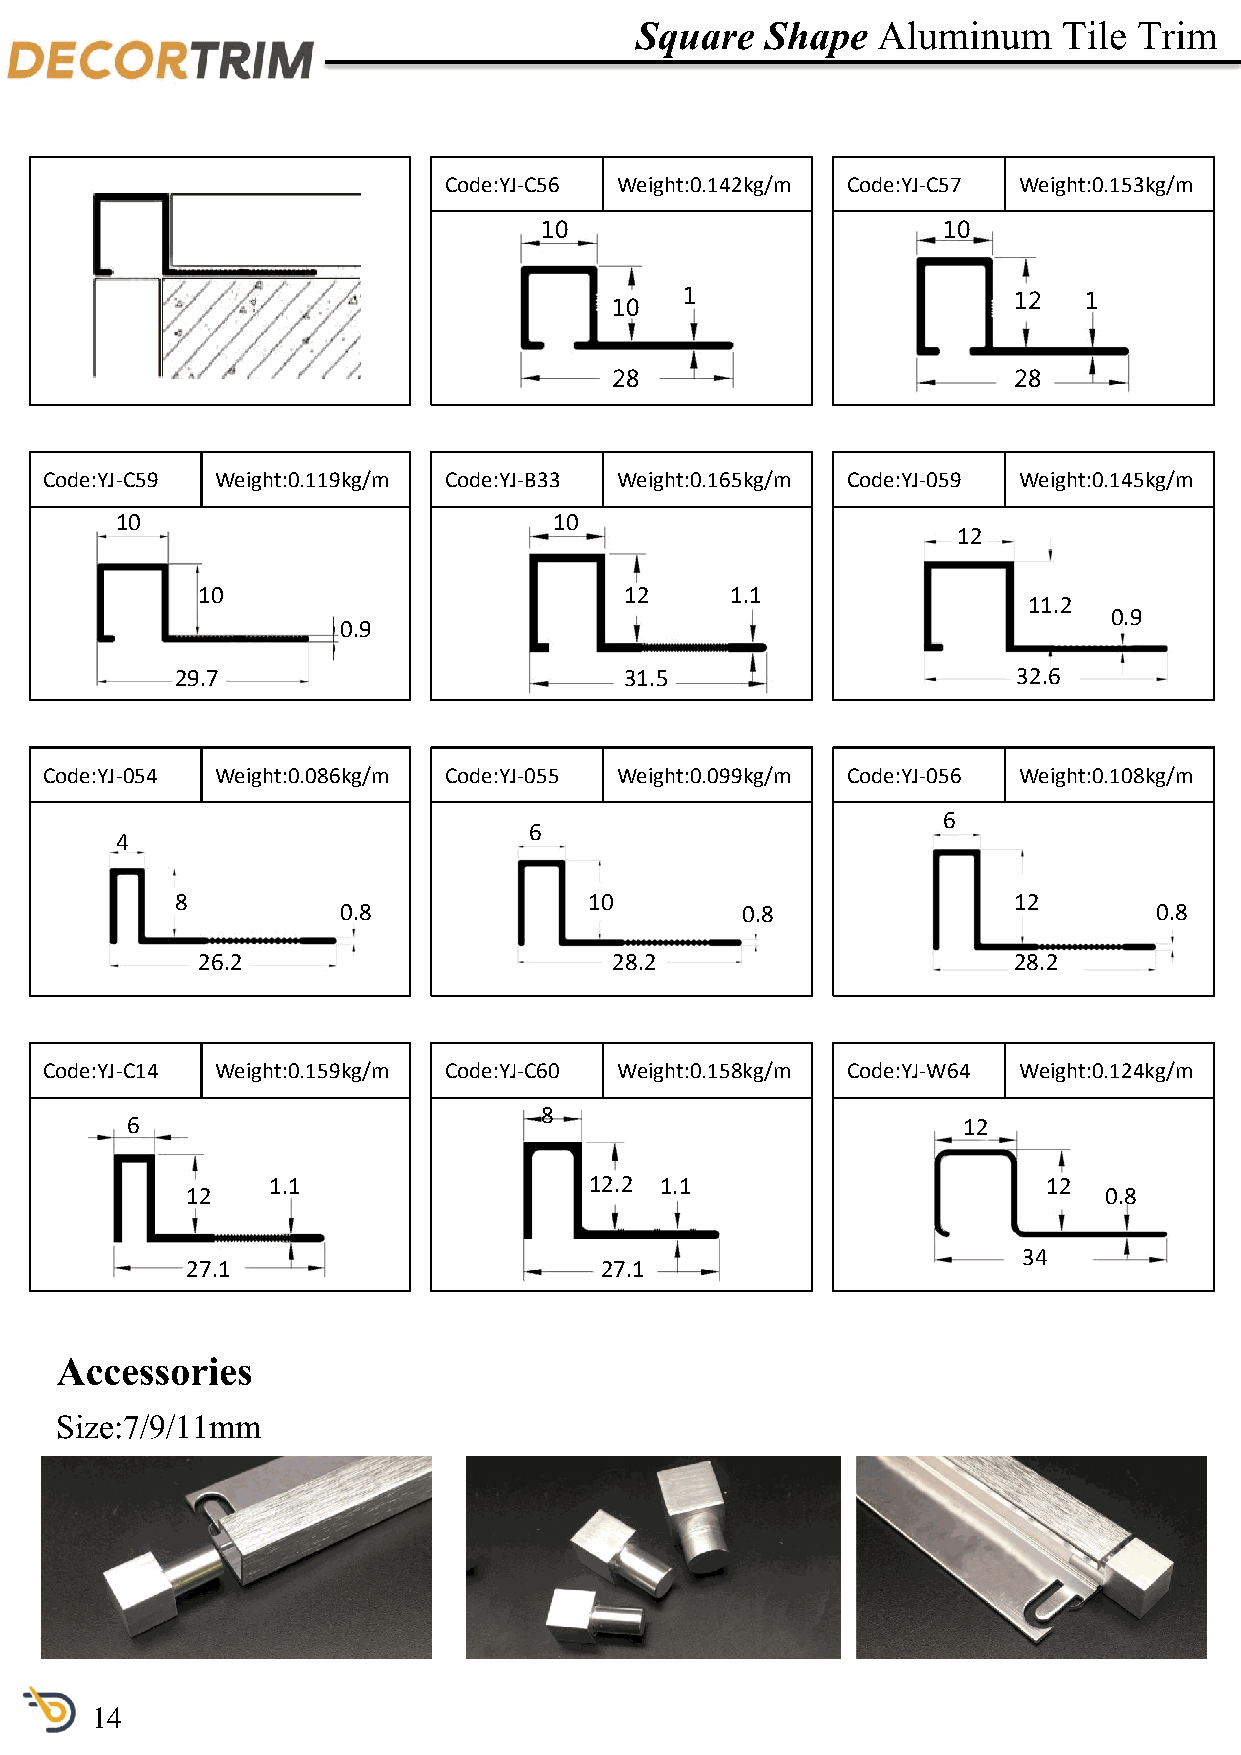
Square   Shape  Aluminum    Tile Trim
 Code:YJ-C56 Weight:0.142kg/m Code:YJ-C57 Weight:0.153kg/m
 10                        10
 1                     12   1
 10
 28                         28
 Code:YJ-C59 Weight:0.119kg/m Code:YJ-B33 Weight:0.165kg/m Code:YJ-059 Weight:0.145kg/m
 10                           10
 12
 10                          12     1.1
 11.2
 0.9
 0.9
 29.7                         31.5                      32.6
 Code:YJ-054 Weight:0.086kg/m Code:YJ-055 Weight:0.099kg/m Code:YJ-056 Weight:0.108kg/m
 6
 6
 4
 8                          10                          12
 0.8                       0.8                        0.8
 26.2                       28.2                       28.2
 Code:YJ-C14 Weight:0.159kg/m Code:YJ-C60 Weight:0.158kg/m Code:YJ-W64 Weight:0.124kg/m
 8
 6                                                       12
 1.1                  12.2 1.1                      12
 12                                                           0.8
 34
 27.1                        27.1
 Accessories
 Size:7/9/11mm
 14